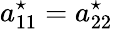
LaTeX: a_{11}^{\star}=a_{22}^{\star}